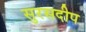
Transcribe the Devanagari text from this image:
सुरसदीप